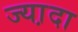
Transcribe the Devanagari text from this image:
ज्या़दा